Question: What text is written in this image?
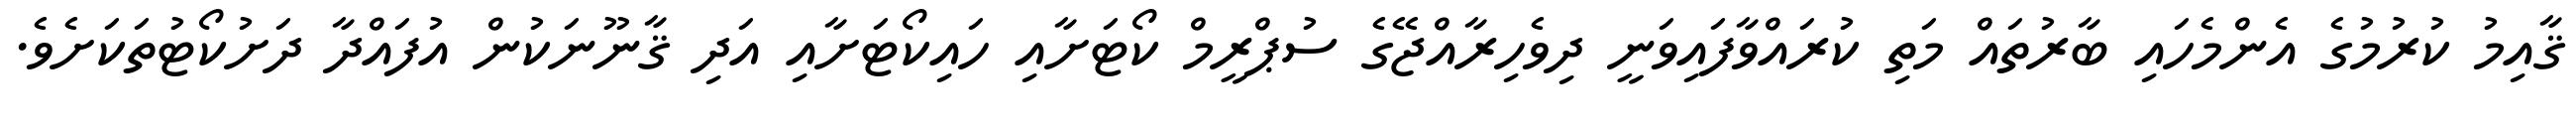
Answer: ޤާއިމު ކުރުމުގެ އެންމެހައި ބާރުތައް މަތި ކުރައްވާފައިވަނީ ދިވެހިރާއްޖޭގެ ސުޕްރީމް ކޯޓަށާއި ހައިކޯޓަށާއި އަދި ޤާނޫނަކުން އުފައްދާ ދަށުކޯޓުތަކަށެވެ.